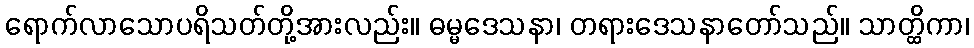
ရောက်လာသောပရိသတ်တို့အားလည်း။ ဓမ္မဒေသနာ၊ တရားဒေသနာတော်သည်။ သာတ္ထိကာ၊